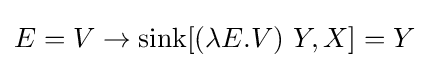
E=V\to \operatorname {sink} [(\lambda E.V)\ Y,X]=Y